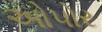
ઓપોર